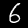
Digit: 6